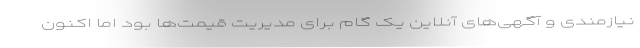
نیازمندی و آگهی‌های آنلاین یک گام برای مدیریت قیمت‌ها بود اما اکنون